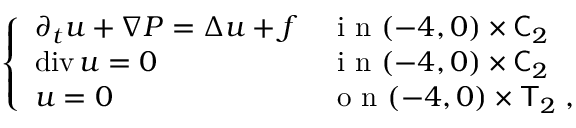
\begin{array} { r } { \left\{ \begin{array} { l l } { \partial _ { t } u + \nabla P = \Delta u + f } & { \mathrm { ~ i ~ n ~ } ( - 4 , 0 ) \times \mathsf C _ { 2 } } \\ { \operatorname { d i v } u = 0 } & { \mathrm { ~ i ~ n ~ } ( - 4 , 0 ) \times \mathsf C _ { 2 } } \\ { u = 0 } & { \mathrm { ~ o ~ n ~ } ( - 4 , 0 ) \times \mathsf T _ { 2 } \; , } \end{array} \right. } \end{array}